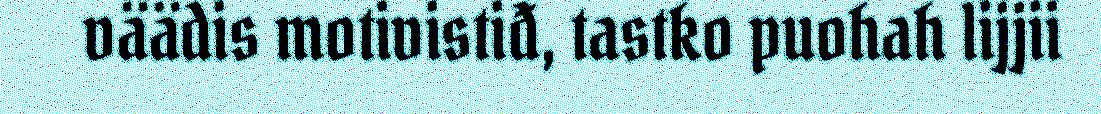
väädis motivistiđ, tastko puohah lijjii